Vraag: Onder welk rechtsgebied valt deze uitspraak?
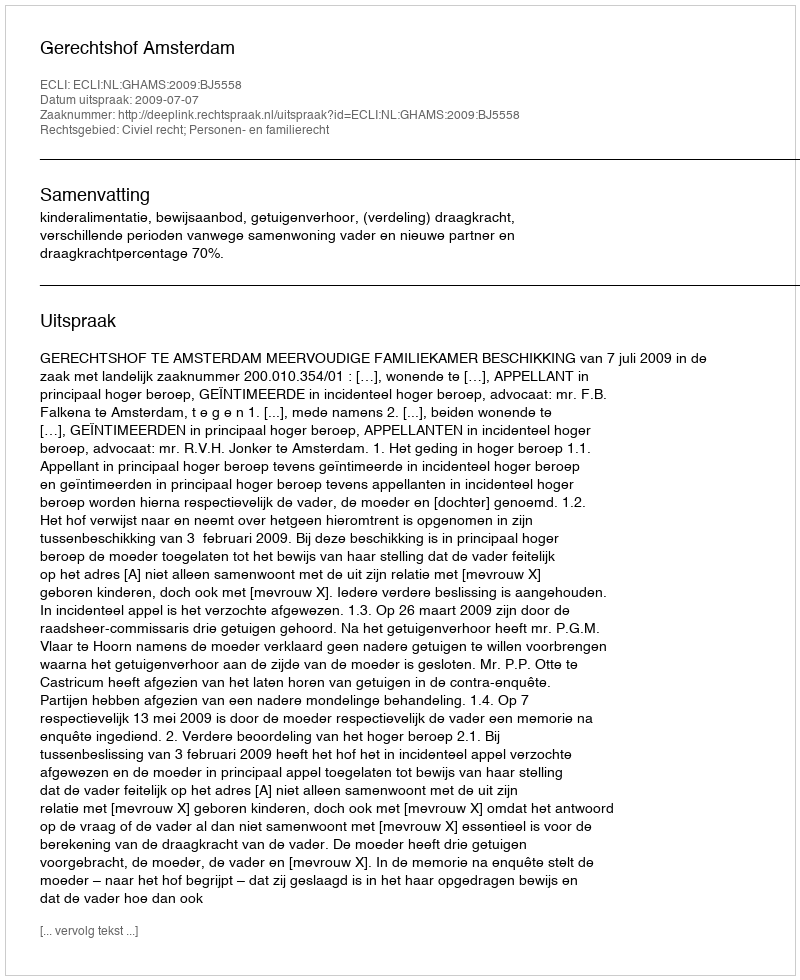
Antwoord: Civiel recht; Personen- en familierecht